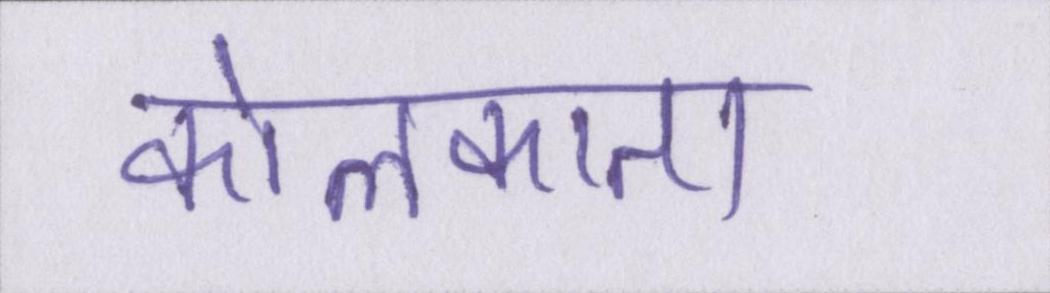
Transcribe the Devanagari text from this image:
कोलकाता